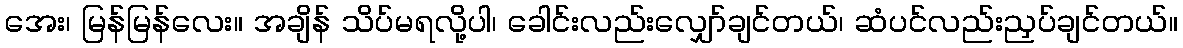
အေး၊ မြန်မြန်လေး။ အချိန် သိပ်မရလို့ပါ၊ ခေါင်းလည်းလျှော်ချင်တယ်၊ ဆံပင်လည်းညှပ်ချင်တယ်။